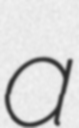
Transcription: a